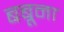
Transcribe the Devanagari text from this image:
बबूना